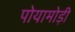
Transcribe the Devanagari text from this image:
पोयामोड़ी